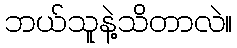
ဘယ်သူနဲ့သိတာလဲ။